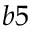
b 5